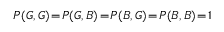
P ( G , G ) \! = \! P ( G , B ) \! = \! P ( B , G ) \! = \! P ( B , B ) \! = \! 1